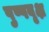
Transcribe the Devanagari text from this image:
पुष्पवृक्ष